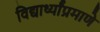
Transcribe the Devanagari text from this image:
विद्यार्थ्यांप्रमाणे